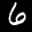
Label: 6